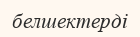
белшектерді